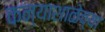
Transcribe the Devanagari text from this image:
कन्याशाळेच्या